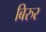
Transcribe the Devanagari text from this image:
बिरुर